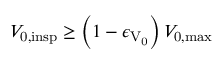
V _ { \mathrm { 0 , i n s p } } \geq \left( 1 - \epsilon _ { \mathrm { V _ { \mathrm { 0 } } } } \right) V _ { \mathrm { 0 , m a x } }